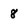
Character: 8